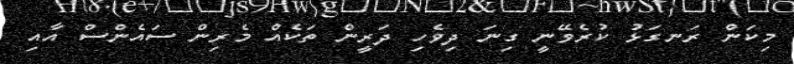
މިކަން ރަނގަޅު ކުރެވޭނީ ގިނަ ދިވެހި ދަރީން ތަކެއް މެރިން ސައެންސް އާއި